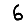
Digit: 6